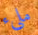
ملىء